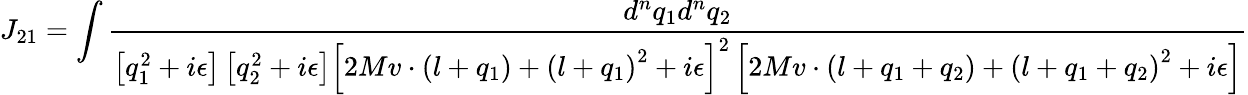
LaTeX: J_{21}=\int{\frac{d^{n}q_{1}d^{n}q_{2}}{\left[q_{1}^{2}+i\epsilon\right]\left[q_{2}^{2}+i\epsilon\right]\left[2Mv\cdot\left(l+q_{1}\right)+\left(l+q_{1}\right)^{2}+i\epsilon\right]^{2}\left[2Mv\cdot\left(l+q_{1}+q_{2}\right)+\left(l+q_{1}+q_{2}\right)^{2}+i\epsilon\right]}}